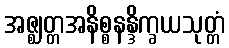
အဇ္ဈတ္တအနိစ္စနန္ဒိက္ခယသုတ္တံ